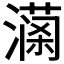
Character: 𤀚